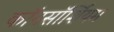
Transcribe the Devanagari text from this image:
कॉनसॉर्शियम